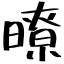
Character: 暸